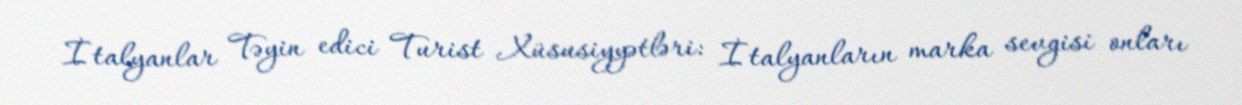
İtalyanlar Təyin edici Turist Xüsusiyyətləri: İtalyanların marka sevgisi onları